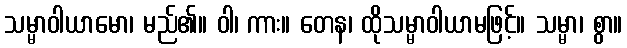
သမ္မာဝါယာမော၊ မည်၏။ ဝါ၊ ကား။ တေန၊ ထိုသမ္မာဝါယာမဖြင့်။ သမ္မာ၊ စွာ။